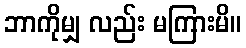
ဘာကိုမျှ လည်း မကြားမိ။